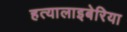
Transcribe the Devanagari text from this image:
हत्यालाइबेरिया